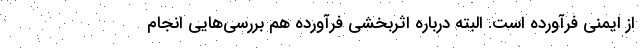
از ایمنی فرآورده است. البته درباره اثربخشی فرآورده هم بررسی‌هایی انجام